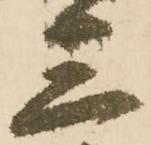
三